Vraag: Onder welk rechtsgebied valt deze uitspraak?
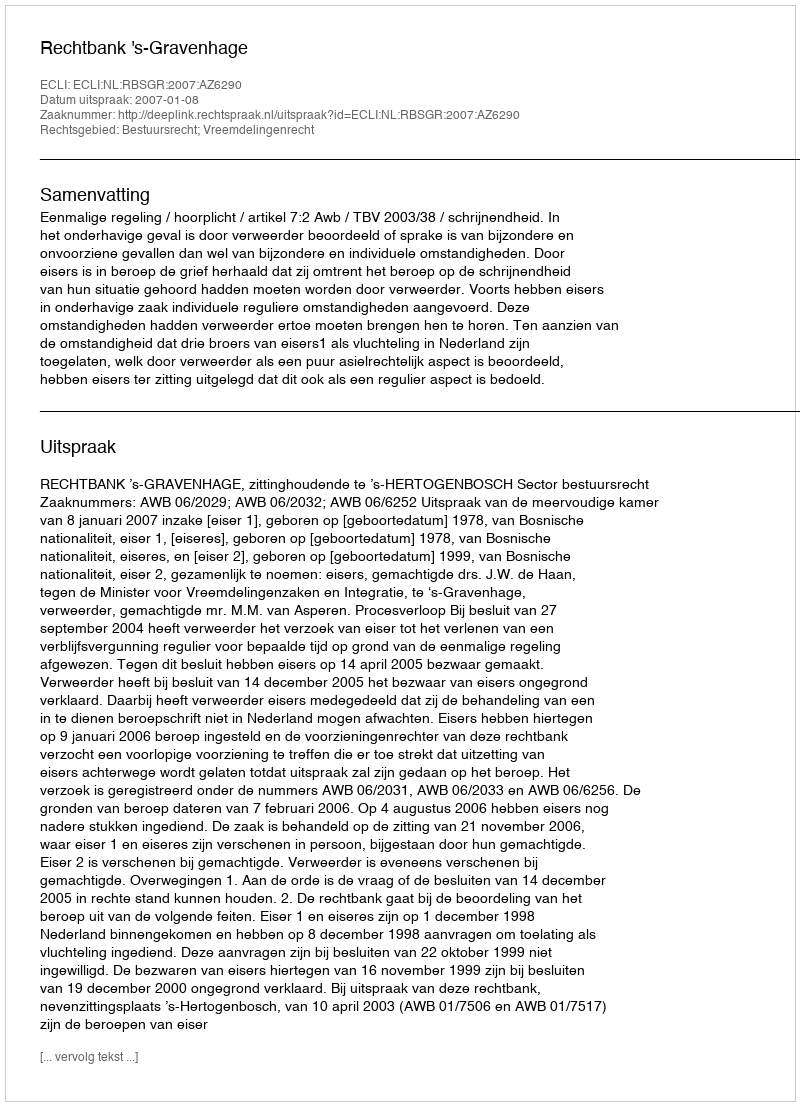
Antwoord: Bestuursrecht; Vreemdelingenrecht